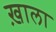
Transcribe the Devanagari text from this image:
ख़ाला